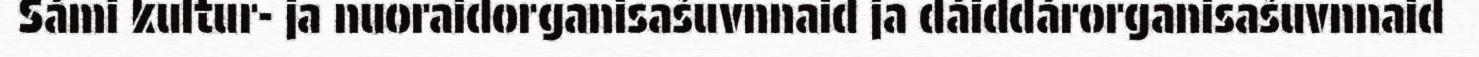
Sámi kultur- ja nuoraidorganisašuvnnaid ja dáiddárorganisašuvnnaid